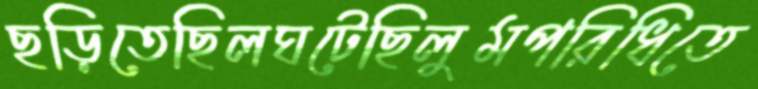
ছড়িতেছিলঘটেছিলুমপরিধিতে